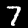
Label: 7